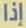
إذا